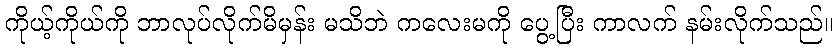
ကိုယ့်ကိုယ်ကို ဘာလုပ်လိုက်မိမှန်း မသိဘဲ ကလေးမကို ပွေ့ပြီး ကာလက် နမ်းလိုက်သည်။